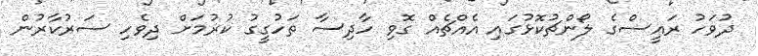
ދުވަހު ރައީސްގެ ލޯންޗުކޮޅުގައި އެއްޗެއް ގޮވި ހާދިސާ ތަހުގީގު ކުރުމަށް ދިވެހި ސަރުކާރުން